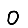
Digit: 0